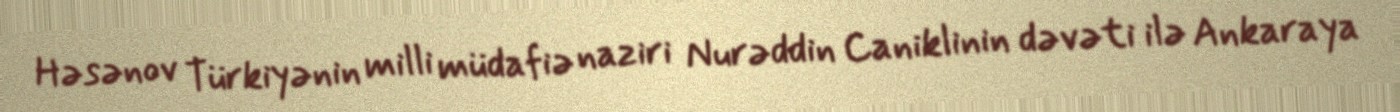
Həsənov Türkiyənin milli müdafiə naziri Nurəddin Caniklinin dəvəti ilə Ankaraya